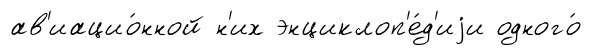
ав'иацио́нной н'их энциклоп'е́д'иjи одного́